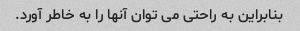
بنابراین به راحتی می توان آنها را به خاطر آورد.